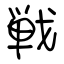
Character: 戦